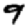
Digit: 9